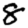
Digit: 8